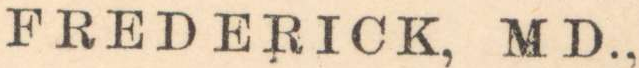
FREDERICK, MD.,